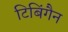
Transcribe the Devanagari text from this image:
टिबिंगैन